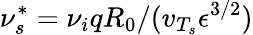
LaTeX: \nu_{s}^{*}=\nu_{i}qR_{0}/(v_{T_{s}}\epsilon^{3/2})